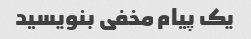
یک پیام مخفی بنویسید